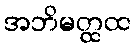
အဘိမတ္ထထ